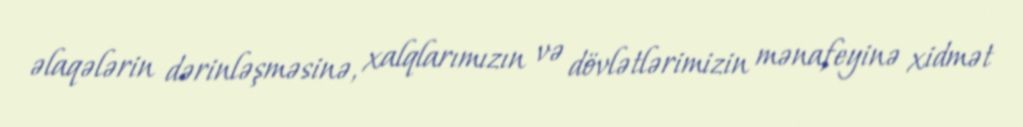
əlaqələrin dərinləşməsinə, xalqlarımızın və dövlətlərimizin mənafeyinə xidmət